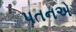
પતનએ